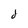
Character: d